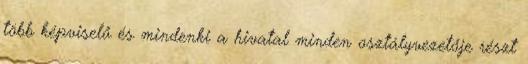
több képviselő és mindenki a hivatal minden osztályvezetője részt